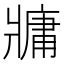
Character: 牅